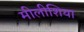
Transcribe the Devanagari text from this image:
मीलीशिया